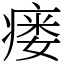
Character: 瘘